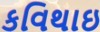
કવિથાઇ